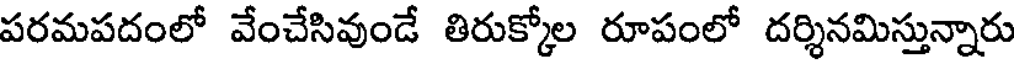
పరమపదంలో వేంచేసివుండే తిరుక్కోల రూపంలో దర్శినమిస్తున్నారు